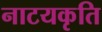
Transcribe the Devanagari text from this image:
नाटयकृति